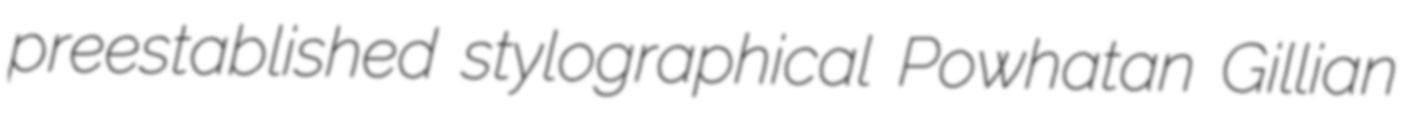
preestablished stylographical Powhatan Gillian